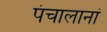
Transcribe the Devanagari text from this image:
पंचालानां